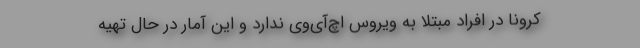
کرونا در افراد مبتلا به ویروس اچ‌آی‌وی ندارد و این آمار در حال تهیه